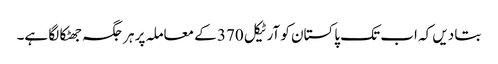
بتا دیں کہ اب تک پاکستان کو آرٹیکل 370 کے معاملہ پر ہر جگہ جھٹکا لگا ہے۔